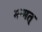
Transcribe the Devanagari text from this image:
मन्मत्